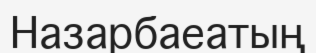
Назарбаеатың